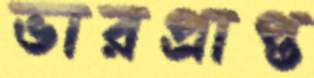
ভারপ্রাপ্ত